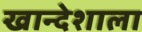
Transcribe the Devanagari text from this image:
खान्देशाला